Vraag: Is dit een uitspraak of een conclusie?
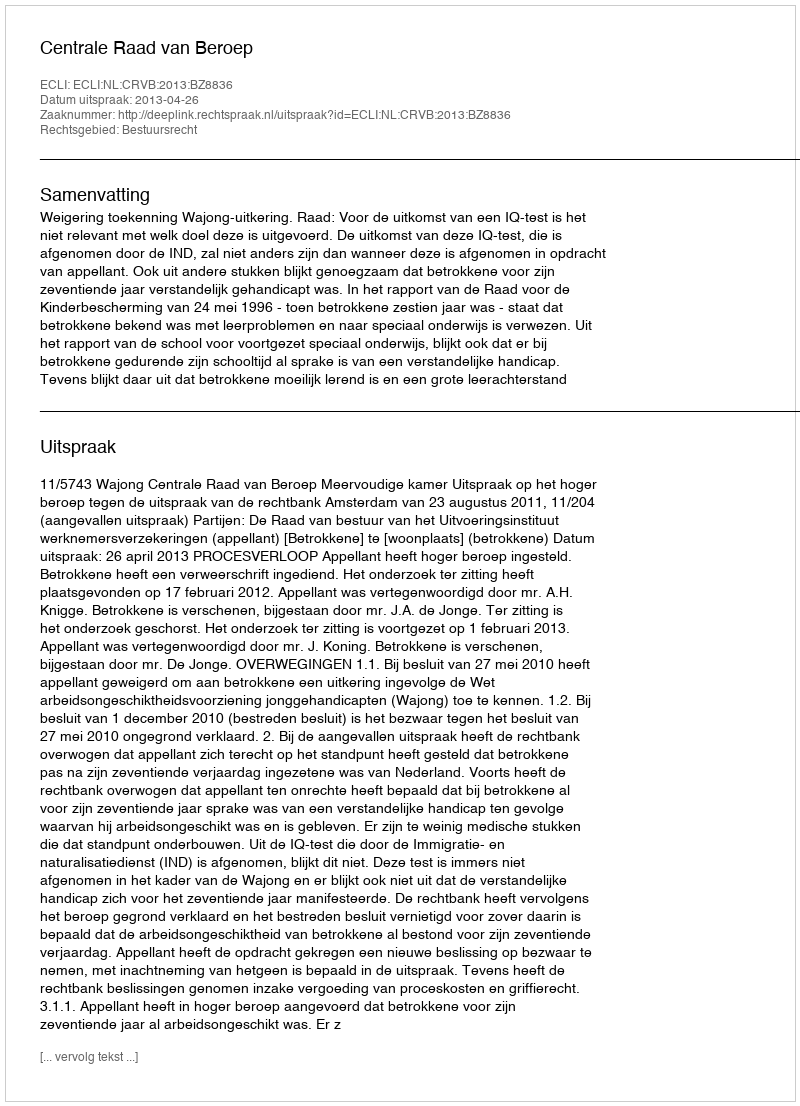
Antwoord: Uitspraak